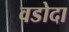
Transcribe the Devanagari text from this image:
वडोदा